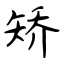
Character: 矫